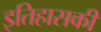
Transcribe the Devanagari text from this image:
इतिहासकी